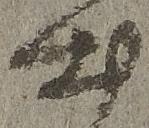
出